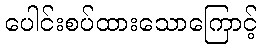
ပေါင်းစပ်ထားသောကြောင့်